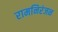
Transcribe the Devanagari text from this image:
रामनिरंजन